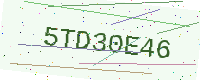
Text: 5TD30E46